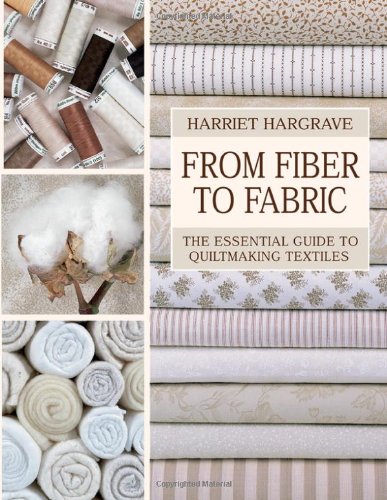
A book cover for From Fiber to Fabric: The Essential Guide to Quiltmaking Textiles; Harriet Hargrave; Crafts, Hobbies & Home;